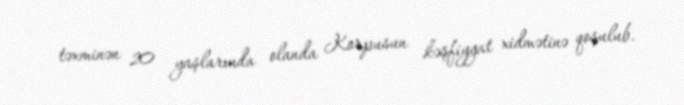
təxminən 20 yaşlarında olanda Korpusun kəşfiyyat xidmətinə qoşulub.